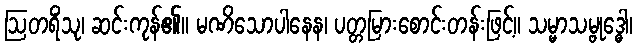
ဩတရိံသု၊ ဆင်းကုန်၏။ မဏိသောပါနေန၊ ပတ္တမြားစောင်းတန်းဖြင့်။ သမ္မာသမ္ဗုဒ္ဓေါ၊